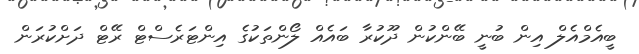
ބީއެމްއެލް އިން ބުނީ ބޭންކުން ދޫކުރާ ބައެއް ލޯންތަކުގެ އިންޓަރެސްޓް ރޭޓް ދަށްކުރަން